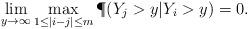
LaTeX: \begin{align*}\lim_{y\to\infty} \max_{1\leq|i-j|\leq m}\P(Y_j>y|Y_i>y)=0.\end{align*}